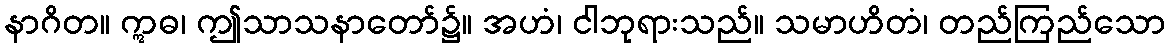
နာဂိတ။ ဣဓ၊ ဤသာသနာတော်၌။ အဟံ၊ ငါဘုရားသည်။ သမာဟိတံ၊ တည်ကြည်သော